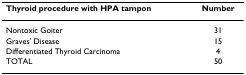
<table><thead><tr><td><b>Thyroid procedure with HPA tampon</b></td><td><b>Number</b></td></tr></thead><tbody><tr><td>Nontoxic Goiter</td><td>31</td></tr><tr><td>Graves&#x27; Disease</td><td>15</td></tr><tr><td>Differentiated Thyroid Carcinoma</td><td>4</td></tr><tr><td>TOTAL</td><td>50</td></tr></tbody></table>